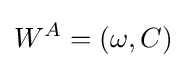
W^{A}=(\omega ,C)